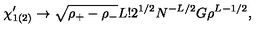
\chi _ { 1 ( 2 ) } ^ { \prime } \rightarrow \sqrt { \rho _ { + } - \rho _ { - } } L ! 2 ^ { 1 / 2 } N ^ { - L / 2 } G \rho ^ { L - 1 / 2 } ,